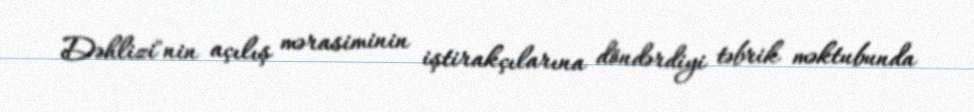
Dəhlizi"nin açılış mərasiminin iştirakçılarına döndərdiyi təbrik məktubunda